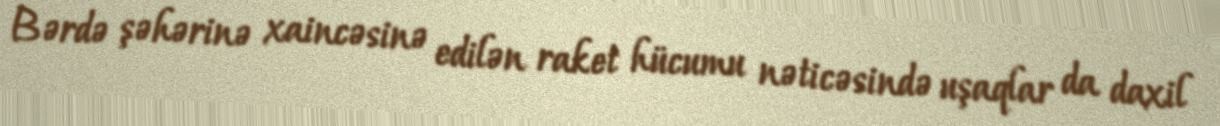
Bərdə şəhərinə xaincəsinə edilən raket hücumu nəticəsində uşaqlar da daxil